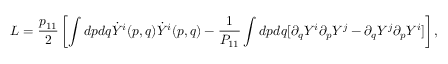
{ \cal L } = \frac { p _ { 1 1 } } { 2 } \left[ \int d p d q \dot { Y } ^ { i } ( p , q ) \dot { Y } ^ { i } ( p , q ) - \frac { 1 } { P _ { 1 1 } } \int d p d q [ \partial _ { q } Y ^ { i } \partial _ { p } Y ^ { j } - \partial _ { q } Y ^ { j } \partial _ { p } Y ^ { i } ] \right] ,